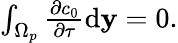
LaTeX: \begin{array}{r}{\int_{\Omega_{p}}\frac{\partial c_{0}}{\partial\tau}\mathrm d\mathbf y=0.}\end{array}